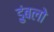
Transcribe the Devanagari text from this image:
डुंबलो